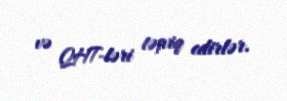
və QHT-ləri təşviq edirlər.